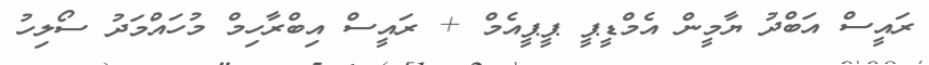
ރައީސް އަބްދު ޔާމީން އެމްޑީޕީ ޕީޕީއެމް + ރައީސް އިބްރާހިމް މުހައްމަދު ސޯލިހު